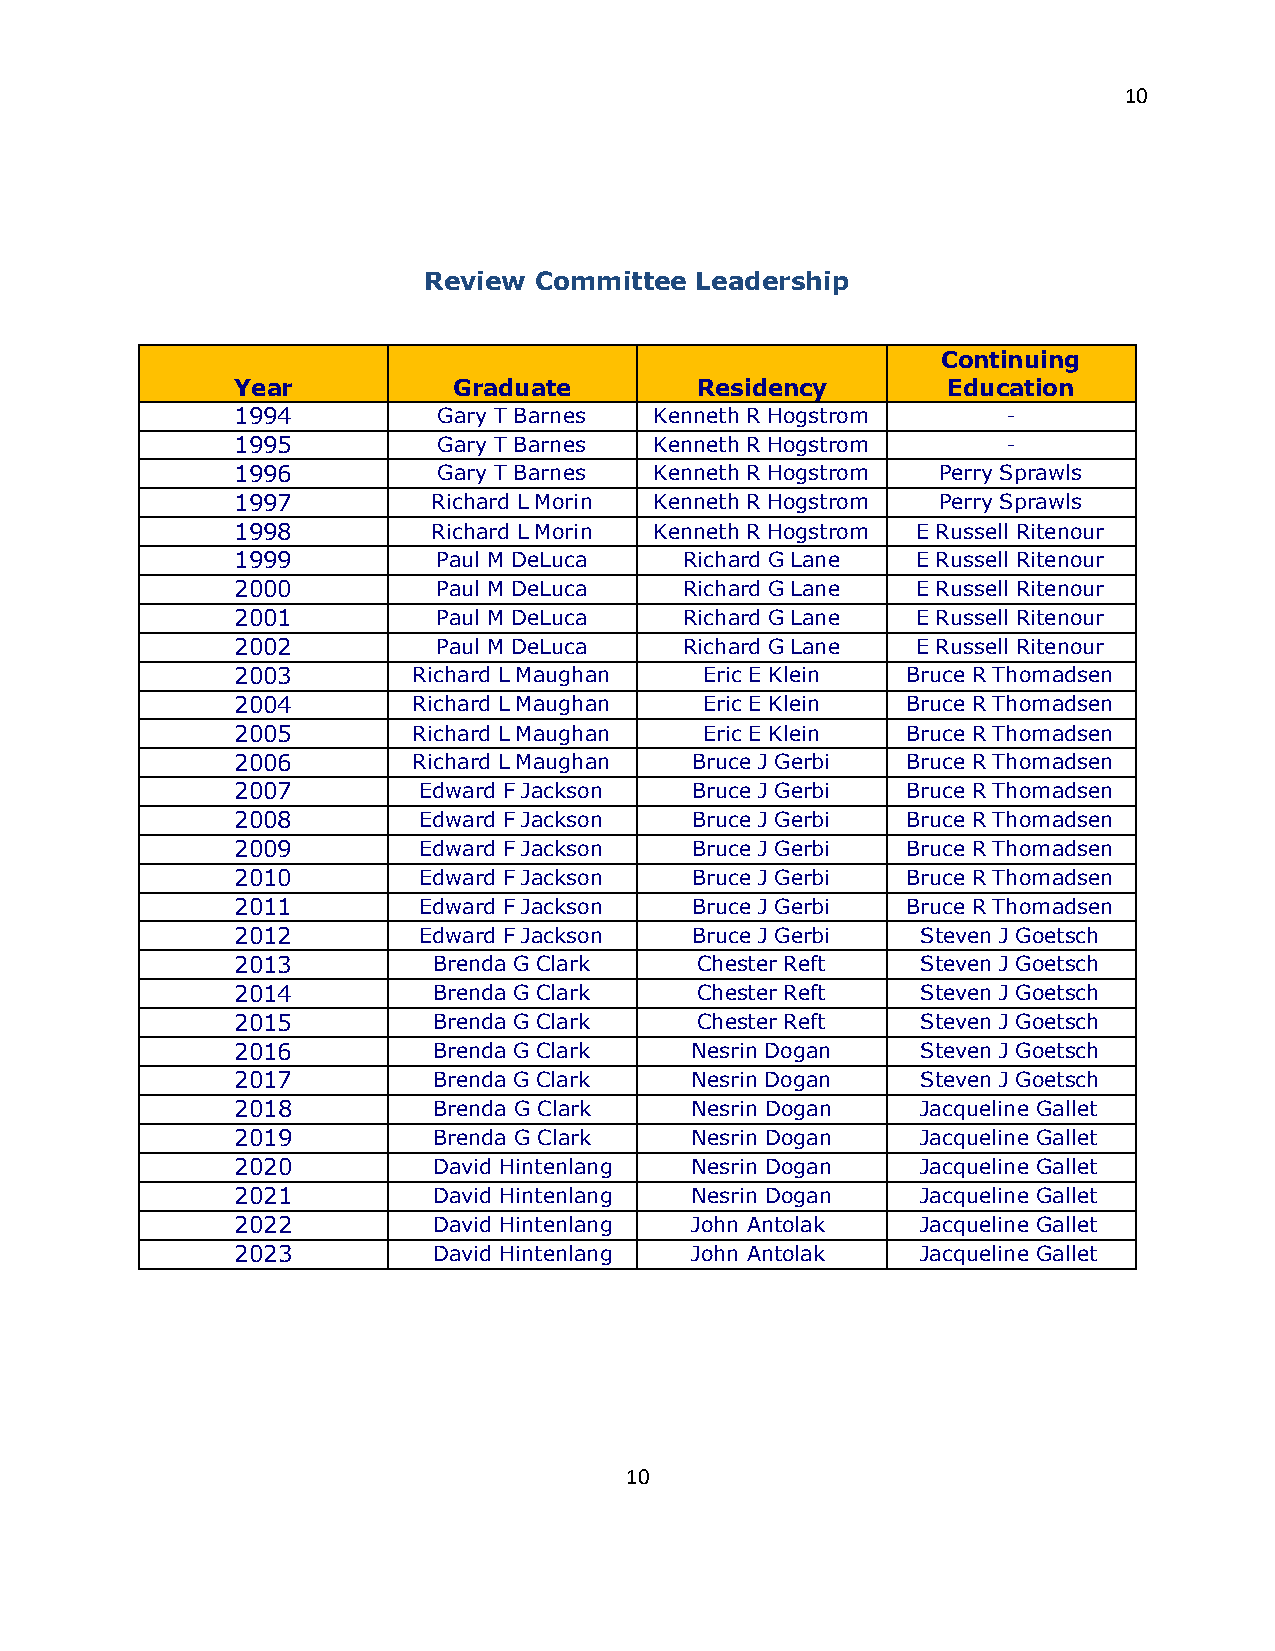
10
 Review Committee  Leadership
 Continuing
 Year          Graduate        Residency        Education
 1994         Gary T Barnes Kenneth R Hogstrom      -
 1995         Gary T Barnes Kenneth R Hogstrom      -
 1996         Gary T Barnes Kenneth R Hogstrom Perry Sprawls
 1997         Richard L Morin Kenneth R Hogstrom Perry Sprawls
 1998         Richard L Morin Kenneth R Hogstrom E Russell Ritenour
 1999         Paul M DeLuca   Richard G Lane  E Russell Ritenour
 2000         Paul M DeLuca   Richard G Lane  E Russell Ritenour
 2001         Paul M DeLuca   Richard G Lane  E Russell Ritenour
 2002         Paul M DeLuca   Richard G Lane  E Russell Ritenour
 2003       Richard L Maughan   Eric E Klein Bruce R Thomadsen
 2004       Richard L Maughan   Eric E Klein Bruce R Thomadsen
 2005       Richard L Maughan   Eric E Klein Bruce R Thomadsen
 2006       Richard L Maughan  Bruce J Gerbi Bruce R Thomadsen
 2007        Edward F Jackson  Bruce J Gerbi Bruce R Thomadsen
 2008        Edward F Jackson  Bruce J Gerbi Bruce R Thomadsen
 2009        Edward F Jackson  Bruce J Gerbi Bruce R Thomadsen
 2010        Edward F Jackson  Bruce J Gerbi Bruce R Thomadsen
 2011        Edward F Jackson  Bruce J Gerbi Bruce R Thomadsen
 2012        Edward F Jackson  Bruce J Gerbi  Steven J Goetsch
 2013         Brenda G Clark   Chester Reft   Steven J Goetsch
 2014         Brenda G Clark   Chester Reft   Steven J Goetsch
 2015         Brenda G Clark   Chester Reft   Steven J Goetsch
 2016         Brenda G Clark   Nesrin Dogan   Steven J Goetsch
 2017         Brenda G Clark   Nesrin Dogan   Steven J Goetsch
 2018         Brenda G Clark   Nesrin Dogan   Jacqueline Gallet
 2019         Brenda G Clark   Nesrin Dogan   Jacqueline Gallet
 2020         David Hintenlang Nesrin Dogan   Jacqueline Gallet
 2021         David Hintenlang Nesrin Dogan   Jacqueline Gallet
 2022         David Hintenlang John Antolak   Jacqueline Gallet
 2023         David Hintenlang John Antolak   Jacqueline Gallet
 10